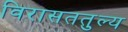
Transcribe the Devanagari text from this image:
विरासततुल्य